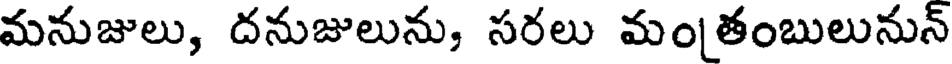
మనుజులు, దనుజులును, సరలు మం[తంబులునున్